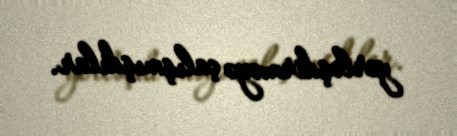
yerləşdirməyə çalışmışdılar.